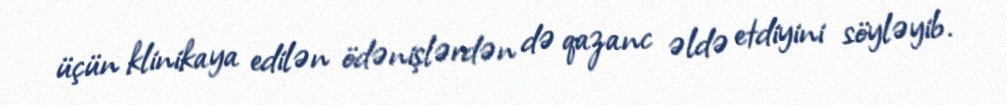
üçün klinikaya edilən ödənişlərdən də qazanc əldə etdiyini söyləyib.